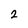
Character: 2